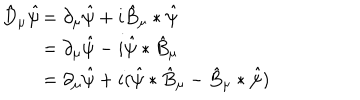
\hat { D } _ { \mu } \hat { \psi } \begin{array} { } { { t ] { l } = \partial _ { \mu } \hat { \psi } + i \hat { B } _ { \mu } * \hat { \psi } } } \\ { { = \partial _ { \mu } \hat { \psi } - i \hat { \psi } * \hat { B } _ { \mu } } } \\ { { = \partial _ { \mu } \hat { \psi } + i ( \hat { \psi } * \hat { B } _ { \mu } - \hat { B } _ { \mu } * \hat { \psi } ) } } \\ \end{array}